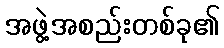
အဖွဲ့အစည်းတစ်ခု၏